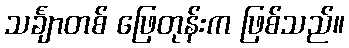
သင်္ချာတစ် ဖြေတုန်းက ဖြစ်သည်။